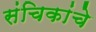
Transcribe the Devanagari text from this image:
संचिकांचे